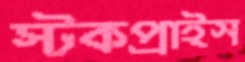
স্টকপ্রাইস